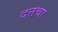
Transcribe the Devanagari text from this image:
दत्तचा